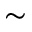
\sim